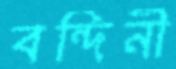
বন্দিনী